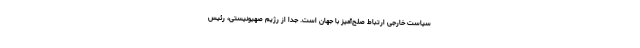
سیاست خارجی ارتباط صلح‌آمیز با جهان است. جدا از رژیم صهیونیستی، رئیس